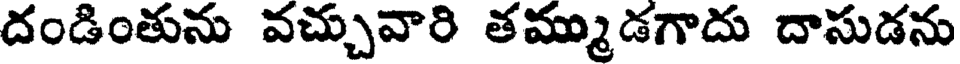
దండింతును వచ్చువారి తమ్ముడగాదు దాసుడను